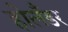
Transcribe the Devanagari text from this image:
होलॅंडर